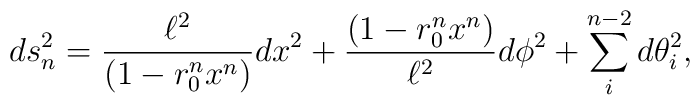
ds_n^2 = \frac{\ell^2 }{(1-r_0^nx^n)} dx^2 + \frac{(1-r_0^nx^n)}{\ell^2} d\phi^2+ \sum_i^{n-2} d\theta_i^2,